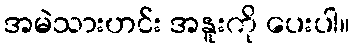
အမဲသားဟင်း အနူးကို ပေးပါ။